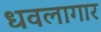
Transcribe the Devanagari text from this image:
धवलागार